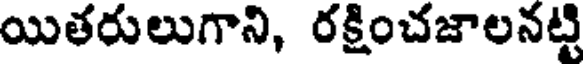
యితరులుగాని, రక్షించజాలనట్టి